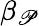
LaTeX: \beta_{\mathscr{P}}